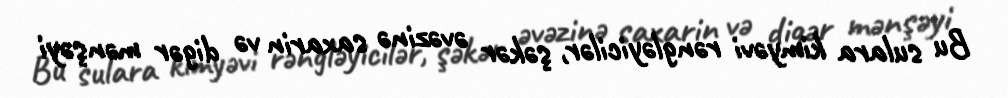
Bu sulara kimyəvi rəngləyicilər, şəkər əvəzinə saxarin və digər mənşəyi